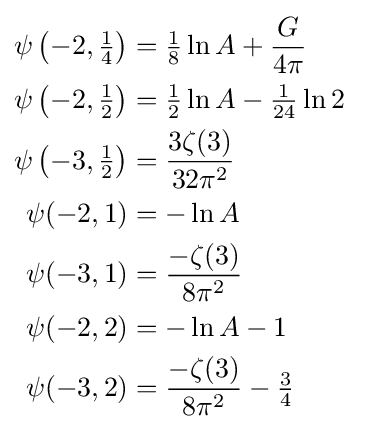
{\begin{aligned}\psi \left(-2,{\tfrac {1}{4}}\right)&={\tfrac {1}{8}}\ln A+{\frac {G}{4\pi }}&&\\\psi \left(-2,{\tfrac {1}{2}}\right)&={\tfrac {1}{2}}\ln A-{\tfrac {1}{24}}\ln 2&\\\psi \left(-3,{\tfrac {1}{2}}\right)&={\frac {3\zeta (3)}{32\pi ^{2}}}\\\psi (-2,1)&=-\ln A&\\\psi (-3,1)&={\frac {-\zeta (3)}{8\pi ^{2}}}\\\psi (-2,2)&=-\ln A-1&\\\psi (-3,2)&={\frac {-\zeta (3)}{8\pi ^{2}}}-{\tfrac {3}{4}}\\\end{aligned}}